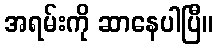
အရမ်းကို ဆာနေပါပြီ။